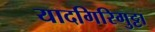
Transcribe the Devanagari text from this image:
यादगिरिगुट्टा